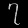
Digit: ၇